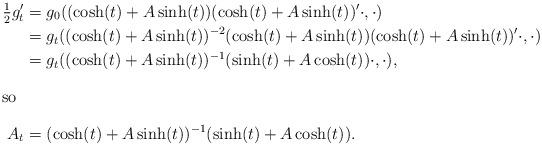
LaTeX: \begin{align*}\tfrac{1}{2}g_t'={}&g_0((\cosh(t)+A\sinh(t))(\cosh(t)+A\sinh(t))'\cdot,\cdot)\\={}&g_t((\cosh(t)+A\sinh(t))^{-2}(\cosh(t)+A\sinh(t))(\cosh(t)+A\sinh(t))'\cdot,\cdot)\\={}&g_t((\cosh(t)+A\sinh(t))^{-1}(\sinh(t)+A\cosh(t))\cdot,\cdot),\\\intertext{so}A_t={}&(\cosh(t)+A\sinh(t))^{-1}(\sinh(t)+A\cosh(t)).\end{align*}